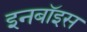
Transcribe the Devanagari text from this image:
इनबॉइस